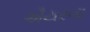
ઐયરના